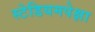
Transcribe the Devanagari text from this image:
स्टेडियमपेक्षा